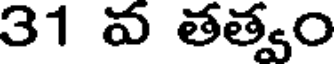
31 వ తత్వం